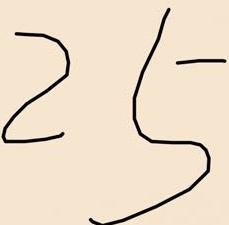
2 5